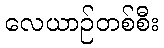
လေယာဉ်တစ်စီး